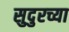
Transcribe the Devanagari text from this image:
सुदुरच्या